Resolution. No. 1369 Ex.
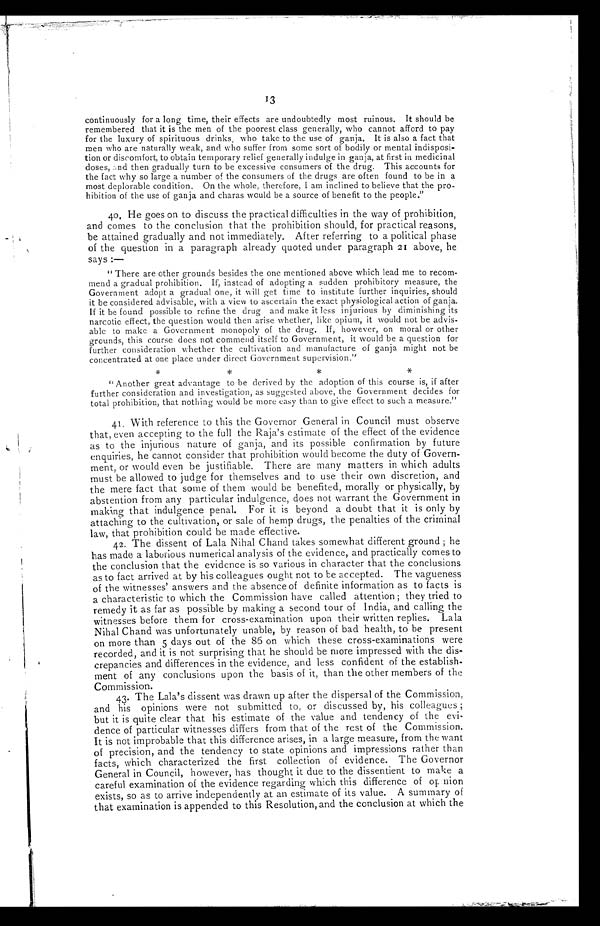
13
continuously for a long time, their effects are undoubtedly most ruinous. It should be
remembered that it is the men of the poorest class generally, who cannot afford to pay
for the luxury of spirituous drinks, who take to the use of ganja. It is also a fact that
men who are naturally weak, and who suffer from some sort of bodily or mental indisposi--
tion or discomfort, to obtain temporary relief generally indulge in ganja, at first in medicinal
doses, and then gradually turn to be excessive consumers of the drug. This accounts for
the fact why so large a number of the consumers of the drugs are often found to be in a
most deplorable condition. On the whole, therefore, I am inclined to believe that the pro--
hibition of the use of ganja and charas would be a source of benefit to the people."
40. He goes on to discuss the practical difficulties in the way of prohibition,
and comes to the conclusion that the prohibition should, for practical reasons,
be attained gradually and not immediately. After referring to a political phase
of the question in a paragraph already quoted under paragraph 2 I above, he
says :—
" There are other grounds besides the one mentioned above which lead me to recom-
mend a gradual prohibition. If, instead of adopting a sudden prohibitory measure, the
G overnment adopt a gradual one, it will get time to institute further inquiries, should
it be considered advisable, with a view to ascertain the exact physiological action of ganja.
If it be found possible to refine the drug and make it less injurious by di
m i n i s h i n g i t s n a r c o t i c e f f e c t , t h e q u e s t i o n w o u l d t h e n a r i s e w h e t h e r , l i k e o p i u m , i t w o u l d n o t b e a d v i s -
able to make a Government monopoly of the drug. If, however, on moral or other
grounds, this course does not commend itself to Government, it would be a question for
further consideration whether the cultivation and manufacture of ganja might not be
concentrated at one place under direct Government supervision."
* * * *
" Another great advantage to be derived by the adoption of this course is, if after
further consideration and investigation, as suggested above, the Government decides for
total prohibition, that nothing would be more easy than to give effect to such a measure."
41. With reference to this the Governor General in Council must observe
that, even accepting to the full the Raja's estimate of the effect of the evidence
as to the injurious nature of ganja, and its possible confirmation by future
enquiries, he cannot consider that prohibition would become the duty of Govern-
ment, or would even be justifiable. There are many matters in which adults
must be allowed to judge for themselves and to use their own discretion, and
the mere fact that some of them would be benefited, morally or physically, by
abstention from any particular indulgence, does not warrant the Government in
making that indulgence penal. For it is beyond a doubt that it is only by
attaching to the cultivation, or sale of hemp drugs, the penalties of the criminal
law, that prohibition could be made effective.
42. The dissent of Lala Nihal Chand takes somewhat different ground ; he
has made a laborious numerical analysis of the evidence, and practically comes to
the conclusion that the evidence is so various in character that the conclusions
as to fact arrived at by his colleagues ought not to be accepted. The vagueness
of the witnesses' answers and the absence of definite information as to facts is
a characteristic to which the Commission have called attention ; they tried to
remedy it as far as possible by making a second tour of India, and calling the
witnesses before them for cross-examination upon their written replies. Lala
Nihal Chand was unfortunately unable, by reason of bad health, to be present
on more than 5 days out of the 86 on which these cross-examinations were
recorded, and it is not surprising that he should be more impressed with the dis-
crepancies and differences in the evidence, and less confident of the establish-
ment of any conclusions upon the basis of it, than the other members of the
Commission.
43. The Lala's dissent was drawn up after the dispersal of the Commission,
and his opinions were not submitted to, or discussed by, his colleagues;
but it is quite clear that his estimate of the value and tendency of the evi-
dence of particular witnesses differs from that of the rest of the Commission.
It is not improbable that this difference arises, in a large measure, from the want
of precision, and the tendency to state opinions and impressions rather than
facts, which characterized the first collection of evidence. The Governor
General in Council, however, has thought it due to the dissentient to make a
careful examination of the evidence regarding which this difference of opinion
exists, so as to arrive independently at an estimate of its value. A summary of
that examination is appended to this Resolution, and the conclusion at which the